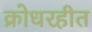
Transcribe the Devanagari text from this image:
क्रोधरहीत